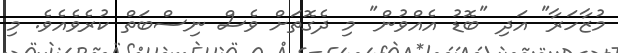
މުޒާހަރާ" އަދި "ބޮޑު އެއްވުން" މި ދެގޮތަށް ވެސް ނިސްބަތް ކުރެވެއެވެ. މި